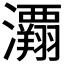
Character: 𰝲